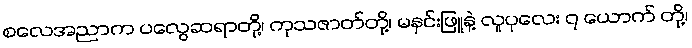
စလေအညာက ပလွေဆရာတို့၊ ကုသဇာတ်တို့၊ မနှင်းဖြူနဲ့ လူပုလေး ၇ ယောက် တို့၊